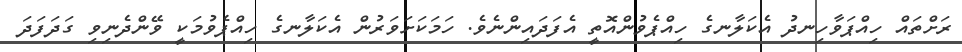
ރަށްތައް ހިއްޕަވާހިނދު އެކަލާނގެ ހިއްޕެވުންއޮތީ އެފަދައިންނެވެ. ހަމަކަށަވަރުން އެކަލާނގެ ހިއްޕެވުމަކީ ވޭންދެނިވި ގަދަފަދަ